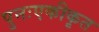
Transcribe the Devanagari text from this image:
पुनःएकीकृत